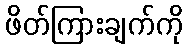
ဖိတ်ကြားချက်ကို